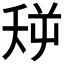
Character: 𪜏